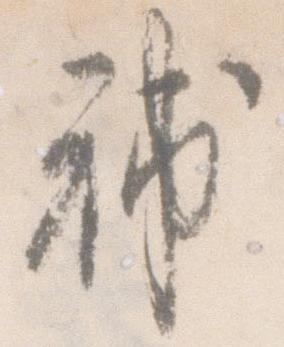
補